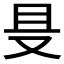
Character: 𱑲